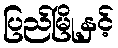
ပြည်မြို့နှင့်